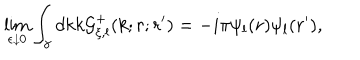
LaTeX: \lim _ { \epsilon \downarrow 0 } \displaystyle \int _ { \gamma } d k k { \cal G } _ { \xi , l } ^ { + } ( k ; r ; r ^ { \prime } ) = - i \pi \psi _ { l } ( r ) \psi _ { l } ( r ^ { \prime } ) ,